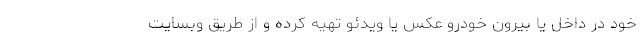
خود در داخل یا بیرون خودرو عکس یا ویدئو تهیه کرده و از طریق وبسایت